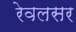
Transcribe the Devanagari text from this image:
रेवलसर